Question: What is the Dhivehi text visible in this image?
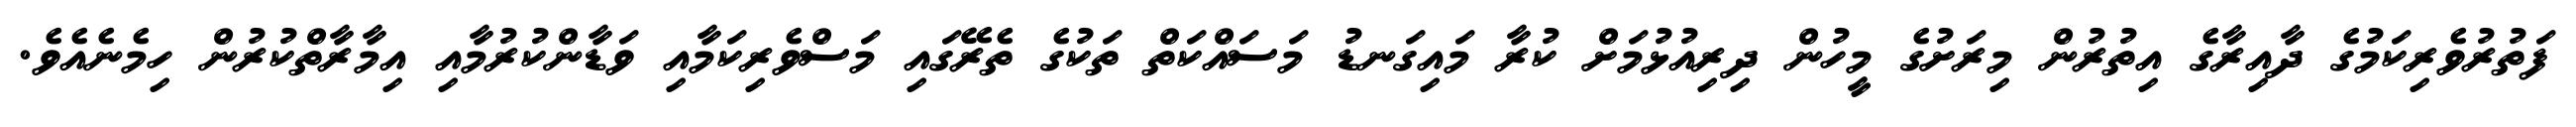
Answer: ފަތުރުވެރިކަމުގެ ދާއިރާގެ އިތުރުން މިރަށުގެ މީހުން ދިރިއުޅުމަށް ކުރާ މައިގަނޑު މަސައްކަތް ތަކުގެ ތެރޭގައި މަސްވެރިކަމާއި ވަޑާންކުރުމާއި އިމާރާތްކުރުން ހިމެނެއެވެ.